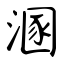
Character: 溷